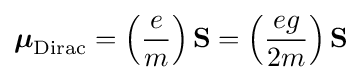
{\boldsymbol {\mu }}_{\rm {Dirac}}=\left({\frac {e}{m}}\right){\mathbf {S} }=\left({\frac {eg}{2m}}\right){\mathbf {S} }